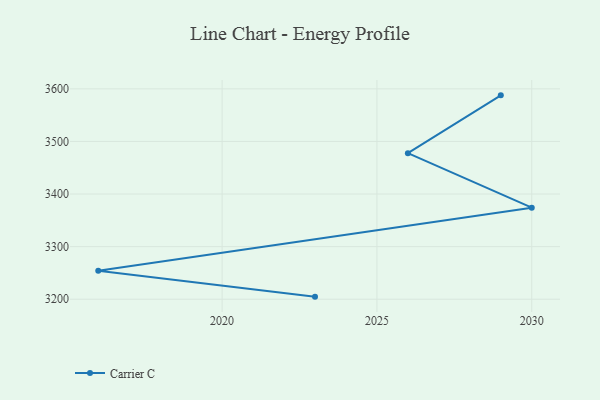
{"axis": {"x": "Year", "y": "Operating Costs (USD K)"}, "legend": ["Carrier C"], "data": [{"x": "2023", "y": 3204.9, "type": "Carrier C"}, {"x": "2016", "y": 3254.3, "type": "Carrier C"}, {"x": "2030", "y": 3374.1, "type": "Carrier C"}, {"x": "2026", "y": 3477.7, "type": "Carrier C"}, {"x": "2029", "y": 3587.6, "type": "Carrier C"}]}